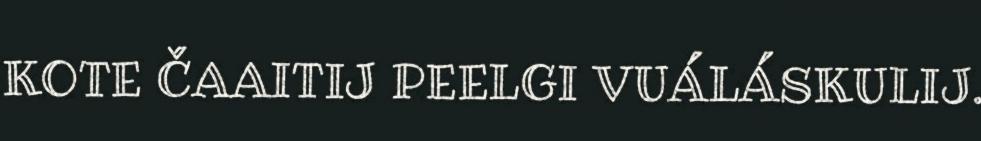
KOTE ČAAITIJ PEELGI VUÁLÁSKULIJ.